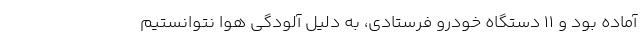
آماده بود و ۱۱ دستگاه خودرو فرستادی، به دلیل آلودگی هوا نتوانستیم